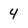
Character: 4